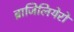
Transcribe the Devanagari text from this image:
ब्राजिलियेरो